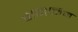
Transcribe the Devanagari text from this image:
बेगिनिन